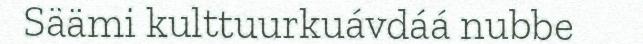
Säämi kulttuurkuávdáá nubbe